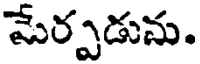
మేర్పడును.